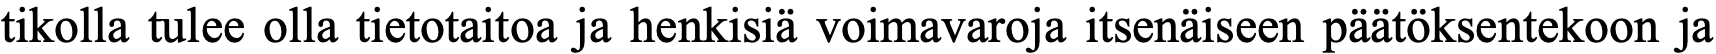
tikolla tulee olla tietotaitoa ja henkisiä voimavaroja itsenäiseen päätöksentekoon ja